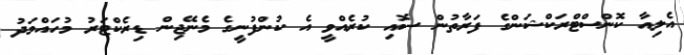
އެލިއާ ކޮންސްޓްރަކްޝަންގެ ފަރާތުން ސޮއި ކުރެއްވީ އެ ކުންފުނީގެ މެނޭޖިން ޑިރެކްޓަރު މުހައްމަދު